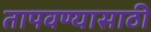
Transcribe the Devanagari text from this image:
तापवण्यासाठी